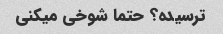
ترسیده؟ حتما شوخی میکنی